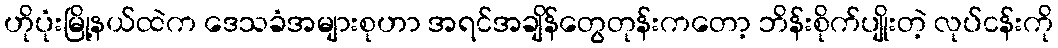
ဟိုပုံးမြို့နယ်ထဲက ဒေသခံအများစုဟာ အရင်အချိန်တွေတုန်းကတော့ ဘိန်းစိုက်ပျိုးတဲ့ လုပ်ငန်းကို